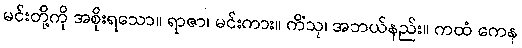
မင်းတို့ကို အစိုးရသော။ ရာဇာ၊ မင်းကား။ ကိံသု၊ အဘယ်နည်း။ ကထံ ကေန